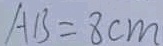
A B = 8 c m